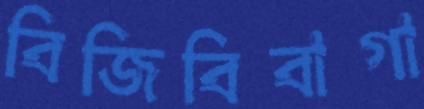
বিজিবিবাগা